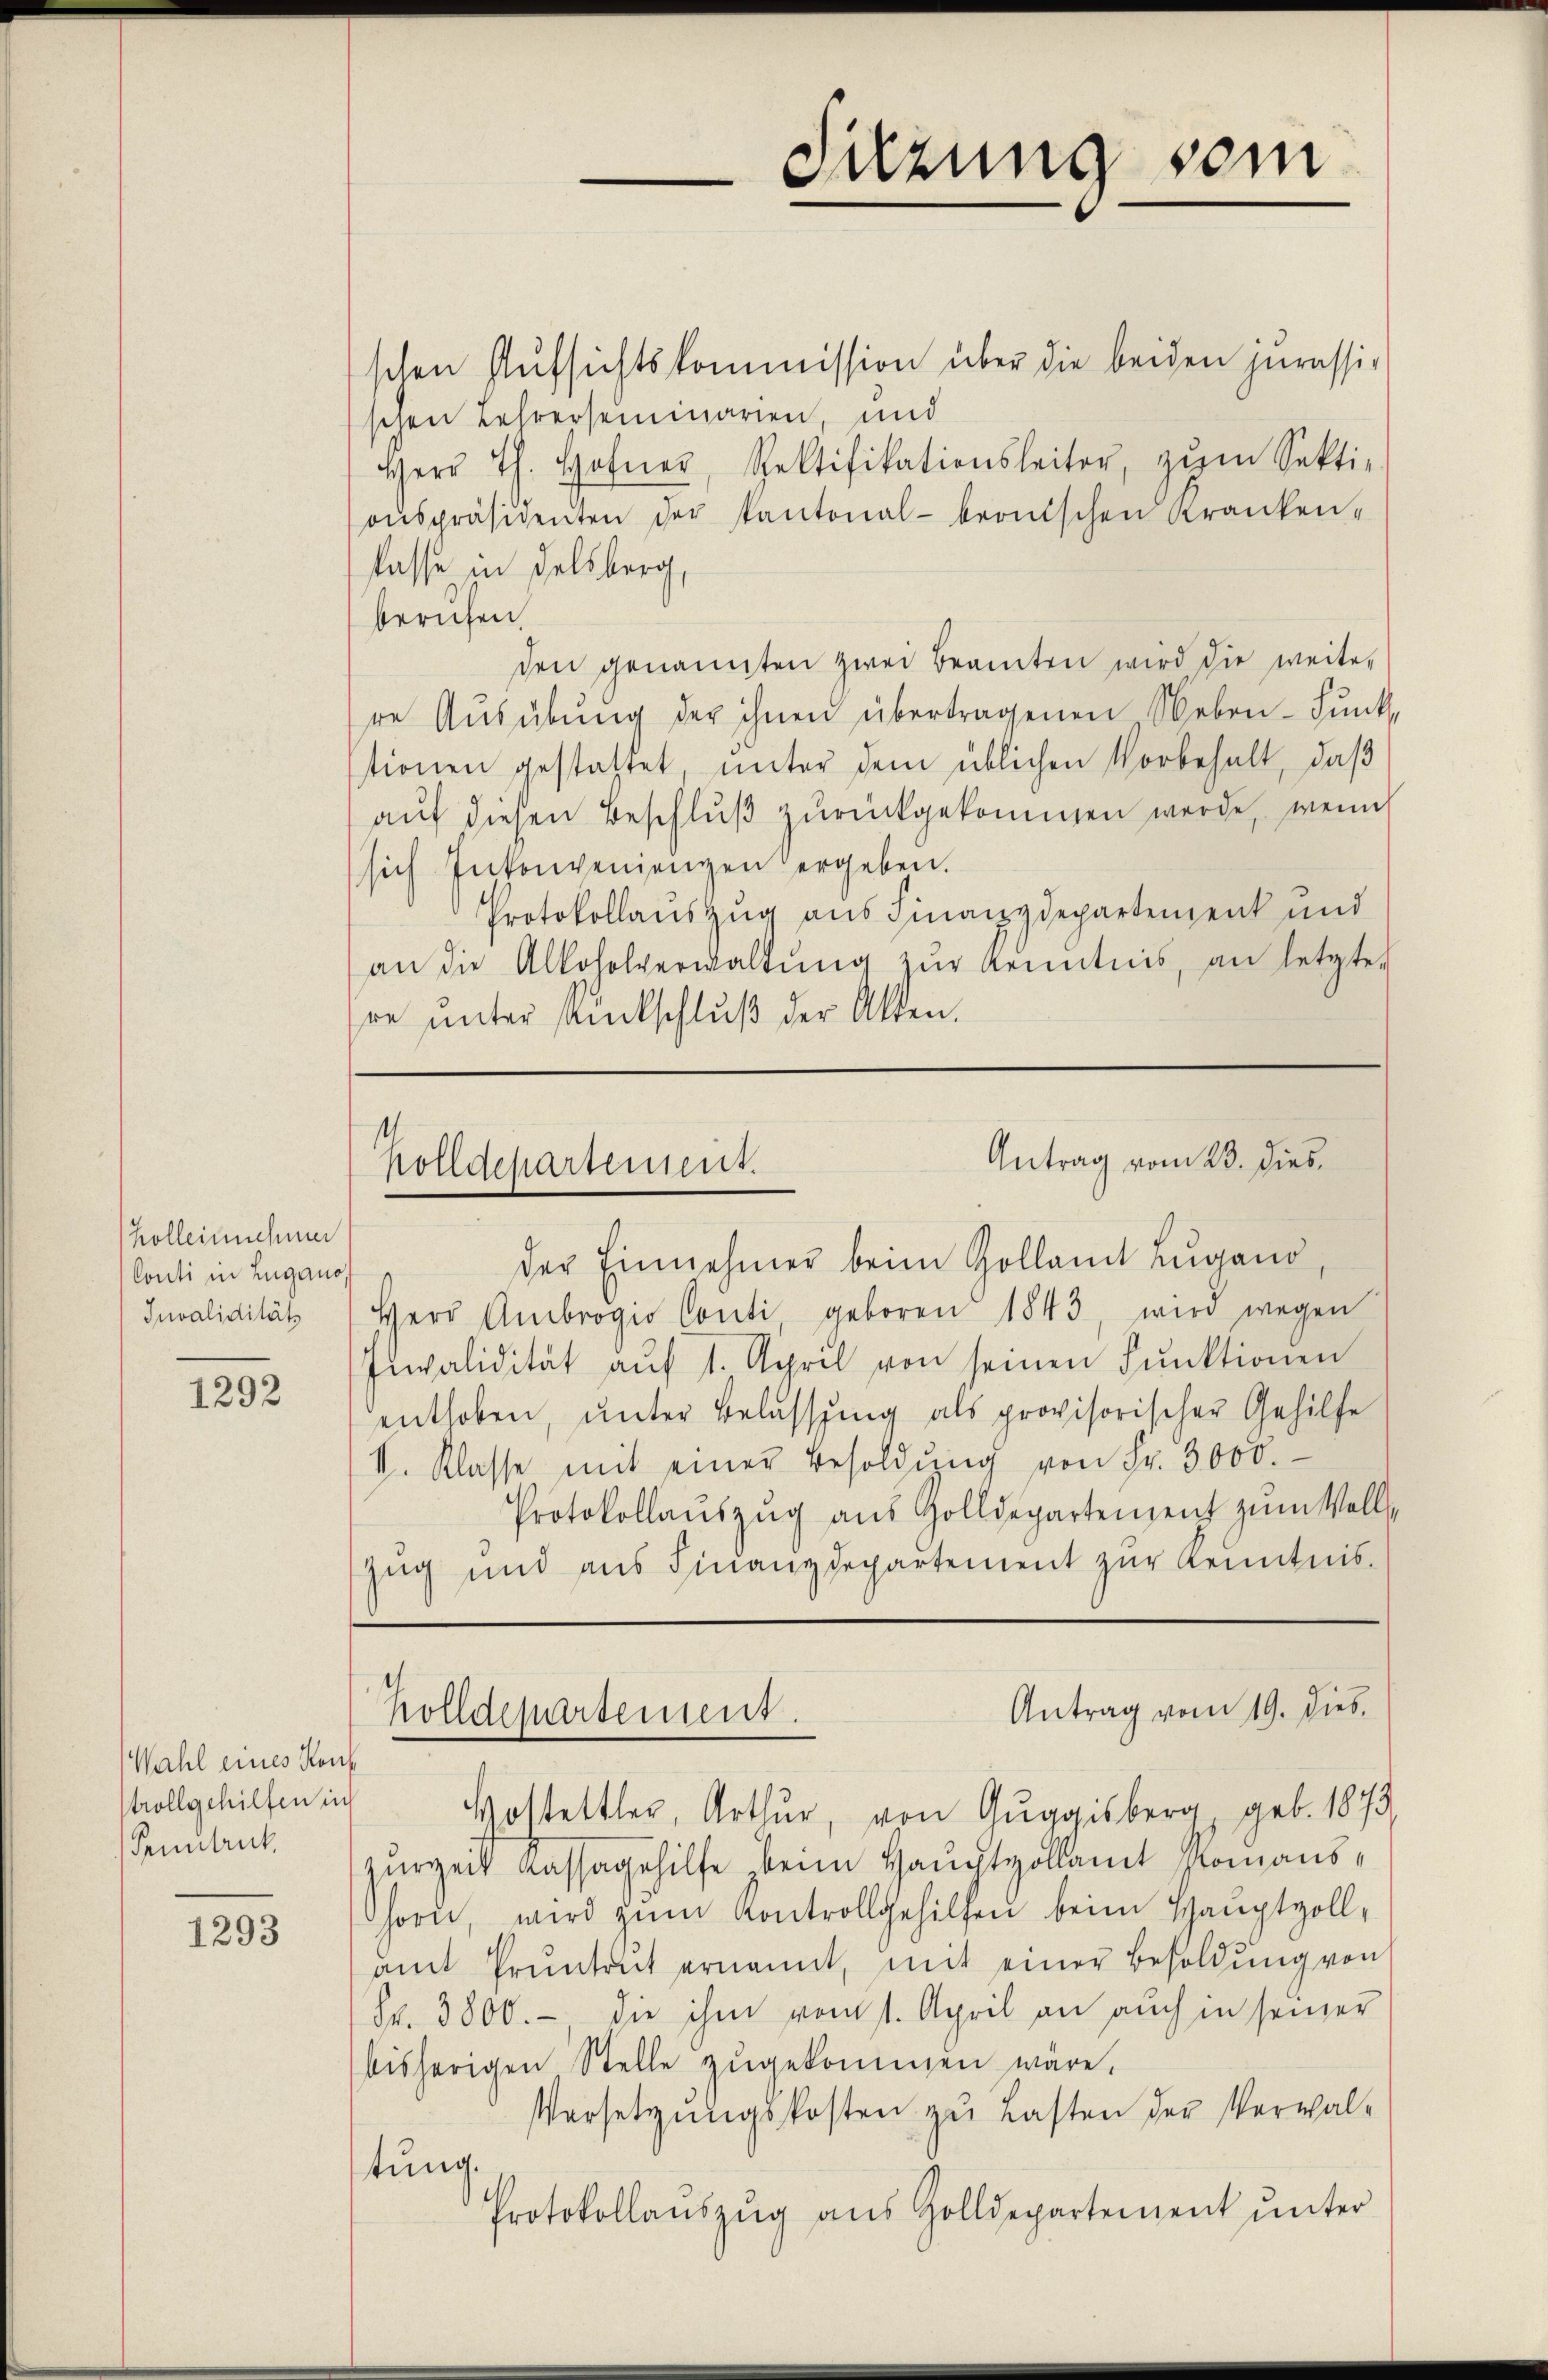
Kolleinnnehmer
Conti in Lugano
Invaliditäts

1292

Wahl eines Konf
trollgehilfen in
Pruntrick

1293

schen Aŭfsichtskommission über die beiden jurassischen Lehrerseminarien, und
Herr Th. Hofner, Rektifikationsleiter, zŭm Sekti-
oŭspräsidenten der Kantonal-beonischen Kranken-
lasse in Felsberg,
berufen.
den genannten zwei Beamten wird die weitere Aŭsübŭng der ihnen übertragenen Neben- Fŭnk,
tionen gestattet, unter dem üblichen Vorbehalt, daß
auf diesen Beschluß zurückgekommen werde, wenn
sich Inkonveniengen ergeben.
Protokollauszug aus Finanzdepartement und
an die Alkoholverwaltŭng zŭr Kenntnis, an letzte
re ŭnter Rückschlŭβ der Akten.

der Einnehmer beim Zollamt Lugano
Herr Ambrogio Conti geboren 1843, wird wegen
Juvalidität aŭf 1. April von seinen Funktionen
enthoben, unter Belassung als provisorischer Gehilfe
V. Klasse mit einer Besoldŭng von Fr. 3000.
Protokollauszug aus Zolldepartement zum Voll¬
Zug und aus Finanzdepartement zur Kenntnis-
Hostettler, Arthur, von Gŭggisberg, geb. 1873
zurzeit Kassagehilfe beim Hauchtvollamt Romanshorn, wird zŭm Kontrollgehilfen beim Hauptzoll-
amt Pruntrut ernannt, mit einer Besoldŭng von
Fr. 3800.-, die ihm vom 1. April an auch in seiner
bisherigen Stelle zŭgekommen wäre.
Versetzŭngskosten zu Lasten der Verwaltung.
Protokollaŭszŭg aŭs Zolldepartement ŭnter

Sitzung sein

Antrag vom 23. dies
Holldepartement.

Antrag vom 19. dies
Holldepartement.